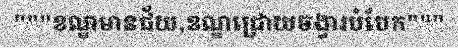
"""ខណ្ឌមានជ័យ,ខណ្ឌជ្រោយចង្វារបំបែក"""